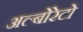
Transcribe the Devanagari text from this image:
अल्बोरेटो